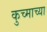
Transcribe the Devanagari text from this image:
कुच्माच्या